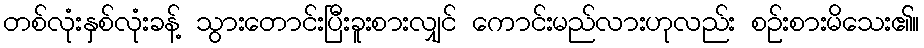
တစ်လုံးနှစ်လုံးခန့် သွားတောင်းပြီးခူးစားလျှင် ကောင်းမည်လားဟုလည်း စဉ်းစားမိသေး၏။